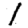
Digit: 1